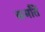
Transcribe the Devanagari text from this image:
कर्मांतें